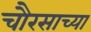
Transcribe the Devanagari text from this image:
चौरसाच्या